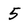
Character: 5